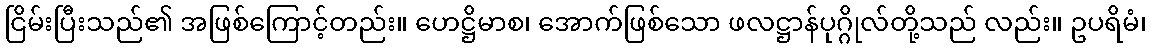
ငြိမ်းပြီးသည်၏ အဖြစ်ကြောင့်တည်း။ ဟေဋ္ဌိမာစ၊ အောက်ဖြစ်သော ဖလဋ္ဌာန်ပုဂ္ဂိုလ်တို့သည် လည်း။ ဥပရိမံ၊